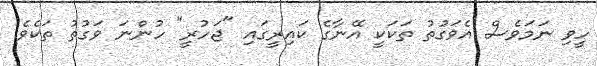
ހީވި ނަމަވެސް އެވަގުތު ތަކަކީ އޭނާގެ ކައިރީގައި "ޖަހުރީ" ހުންނަ ވަގުތު ތަކެވެ.